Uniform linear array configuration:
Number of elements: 24
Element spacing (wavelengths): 0.75
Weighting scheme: hann
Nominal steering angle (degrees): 60
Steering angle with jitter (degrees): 61.912
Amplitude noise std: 0.05
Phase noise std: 0.05

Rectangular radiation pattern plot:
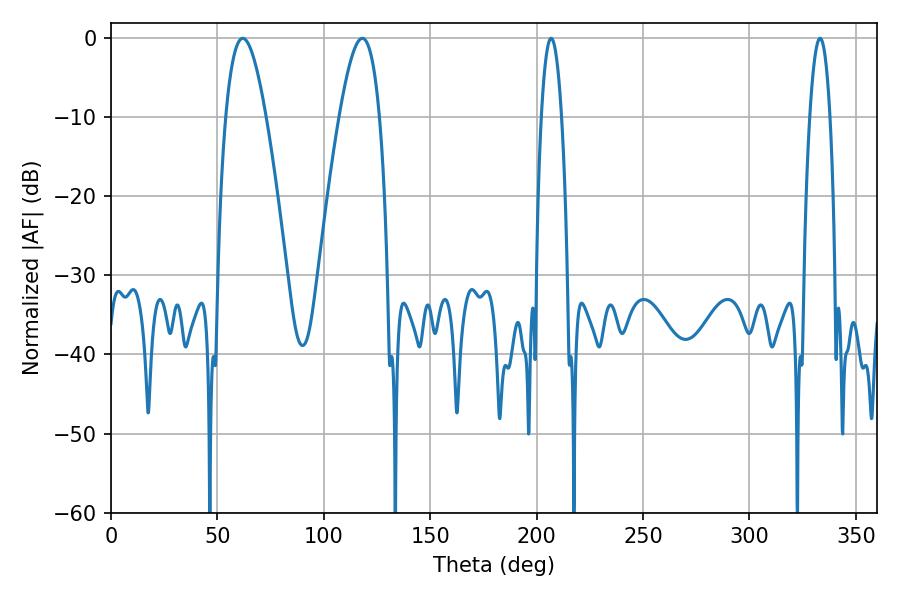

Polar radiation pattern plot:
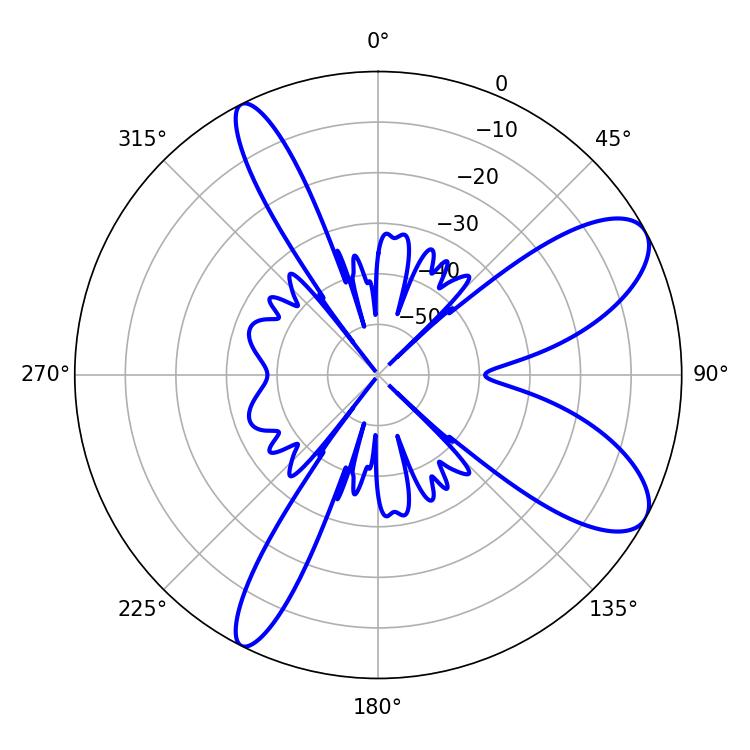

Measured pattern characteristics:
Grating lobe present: TRUE
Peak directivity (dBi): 8.946
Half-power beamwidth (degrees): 5.22
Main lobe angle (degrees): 206.82